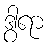
ဒွါရာ